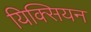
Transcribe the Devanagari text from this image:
यिक्सियन